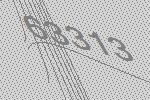
63313